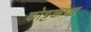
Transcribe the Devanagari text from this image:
कोट्टक्कथा